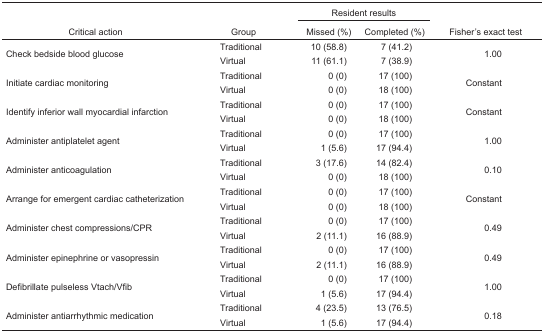
<table><thead><tr><td></td><td></td><td colspan="2"><b>Resident results</b></td><td></td></tr><tr><td><b>Critical action</b></td><td><b>Group</b></td><td><b>Missed (%)</b></td><td><b>Completed (%)</b></td><td><b>Fisher’s exact test</b></td></tr></thead><tbody><tr><td>Check bedside blood glucose</td><td>Traditional</td><td>10 (58.8)</td><td>7 (41.2)</td><td>1.00</td></tr><tr><td></td><td>Virtual</td><td>11 (61.1)</td><td>7 (38.9)</td><td></td></tr><tr><td>Initiate cardiac monitoring</td><td>Traditional</td><td>0 (0)</td><td>17 (100)</td><td>Constant</td></tr><tr><td></td><td>Virtual</td><td>0 (0)</td><td>18 (100)</td><td></td></tr><tr><td>Identify inferior wall myocardial infarction</td><td>Traditional</td><td>0 (0)</td><td>17 (100)</td><td>Constant</td></tr><tr><td></td><td>Virtual</td><td>0 (0)</td><td>18 (100)</td><td></td></tr><tr><td>Administer antiplatelet agent</td><td>Traditional</td><td>0 (0)</td><td>17 (100)</td><td>1.00</td></tr><tr><td></td><td>Virtual</td><td>1 (5.6)</td><td>17 (94.4)</td><td></td></tr><tr><td>Administer anticoagulation</td><td>Traditional</td><td>3 (17.6)</td><td>14 (82.4)</td><td>0.10</td></tr><tr><td></td><td>Virtual</td><td>0 (0)</td><td>18 (100)</td><td></td></tr><tr><td>Arrange for emergent cardiac catheterization</td><td>Traditional</td><td>0 (0)</td><td>17 (100)</td><td>Constant</td></tr><tr><td></td><td>Virtual</td><td>0 (0)</td><td>18 (100)</td><td></td></tr><tr><td>Administer chest compressions/CPR</td><td>Traditional</td><td>0 (0)</td><td>17 (100)</td><td>0.49</td></tr><tr><td></td><td>Virtual</td><td>2 (11.1)</td><td>16 (88.9)</td><td></td></tr><tr><td>Administer epinephrine or vasopressin</td><td>Traditional</td><td>0 (0)</td><td>17 (100)</td><td>0.49</td></tr><tr><td></td><td>Virtual</td><td>2 (11.1)</td><td>16 (88.9)</td><td></td></tr><tr><td>Defibrillate pulseless Vtach/Vfib</td><td>Traditional</td><td>0 (0)</td><td>17 (100)</td><td>1.00</td></tr><tr><td></td><td>Virtual</td><td>1 (5.6)</td><td>17 (94.4)</td><td></td></tr><tr><td>Administer antiarrhythmic medication</td><td>Traditional</td><td>4 (23.5)</td><td>13 (76.5)</td><td>0.18</td></tr><tr><td></td><td>Virtual</td><td>1 (5.6)</td><td>17 (94.4)</td><td></td></tr></tbody></table>